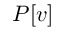
P [ v ]